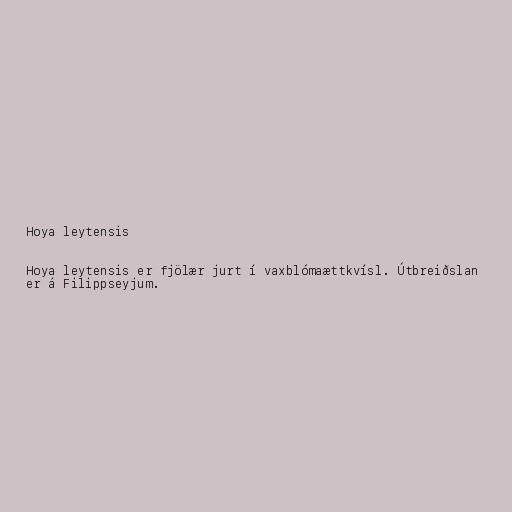
Hoya leytensis

Hoya leytensis er fjölær jurt í vaxblómaættkvísl. Útbreiðslan
er á Filippseyjum.